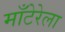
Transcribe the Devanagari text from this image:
माँटेरेला